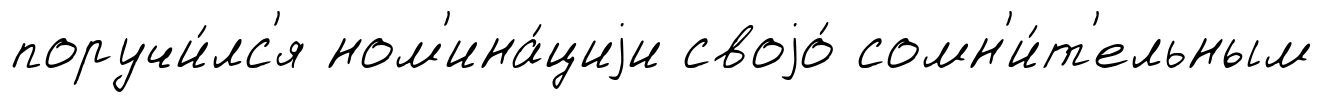
поручи́лс'я ном'ина́циjи своjо́ сомн'и́т'ельным